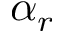
\alpha _ { r }